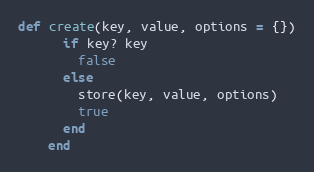
Language: Ruby
def create(key, value, options = {})
      if key? key
        false
      else
        store(key, value, options)
        true
      end
    end